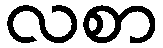
လစာ